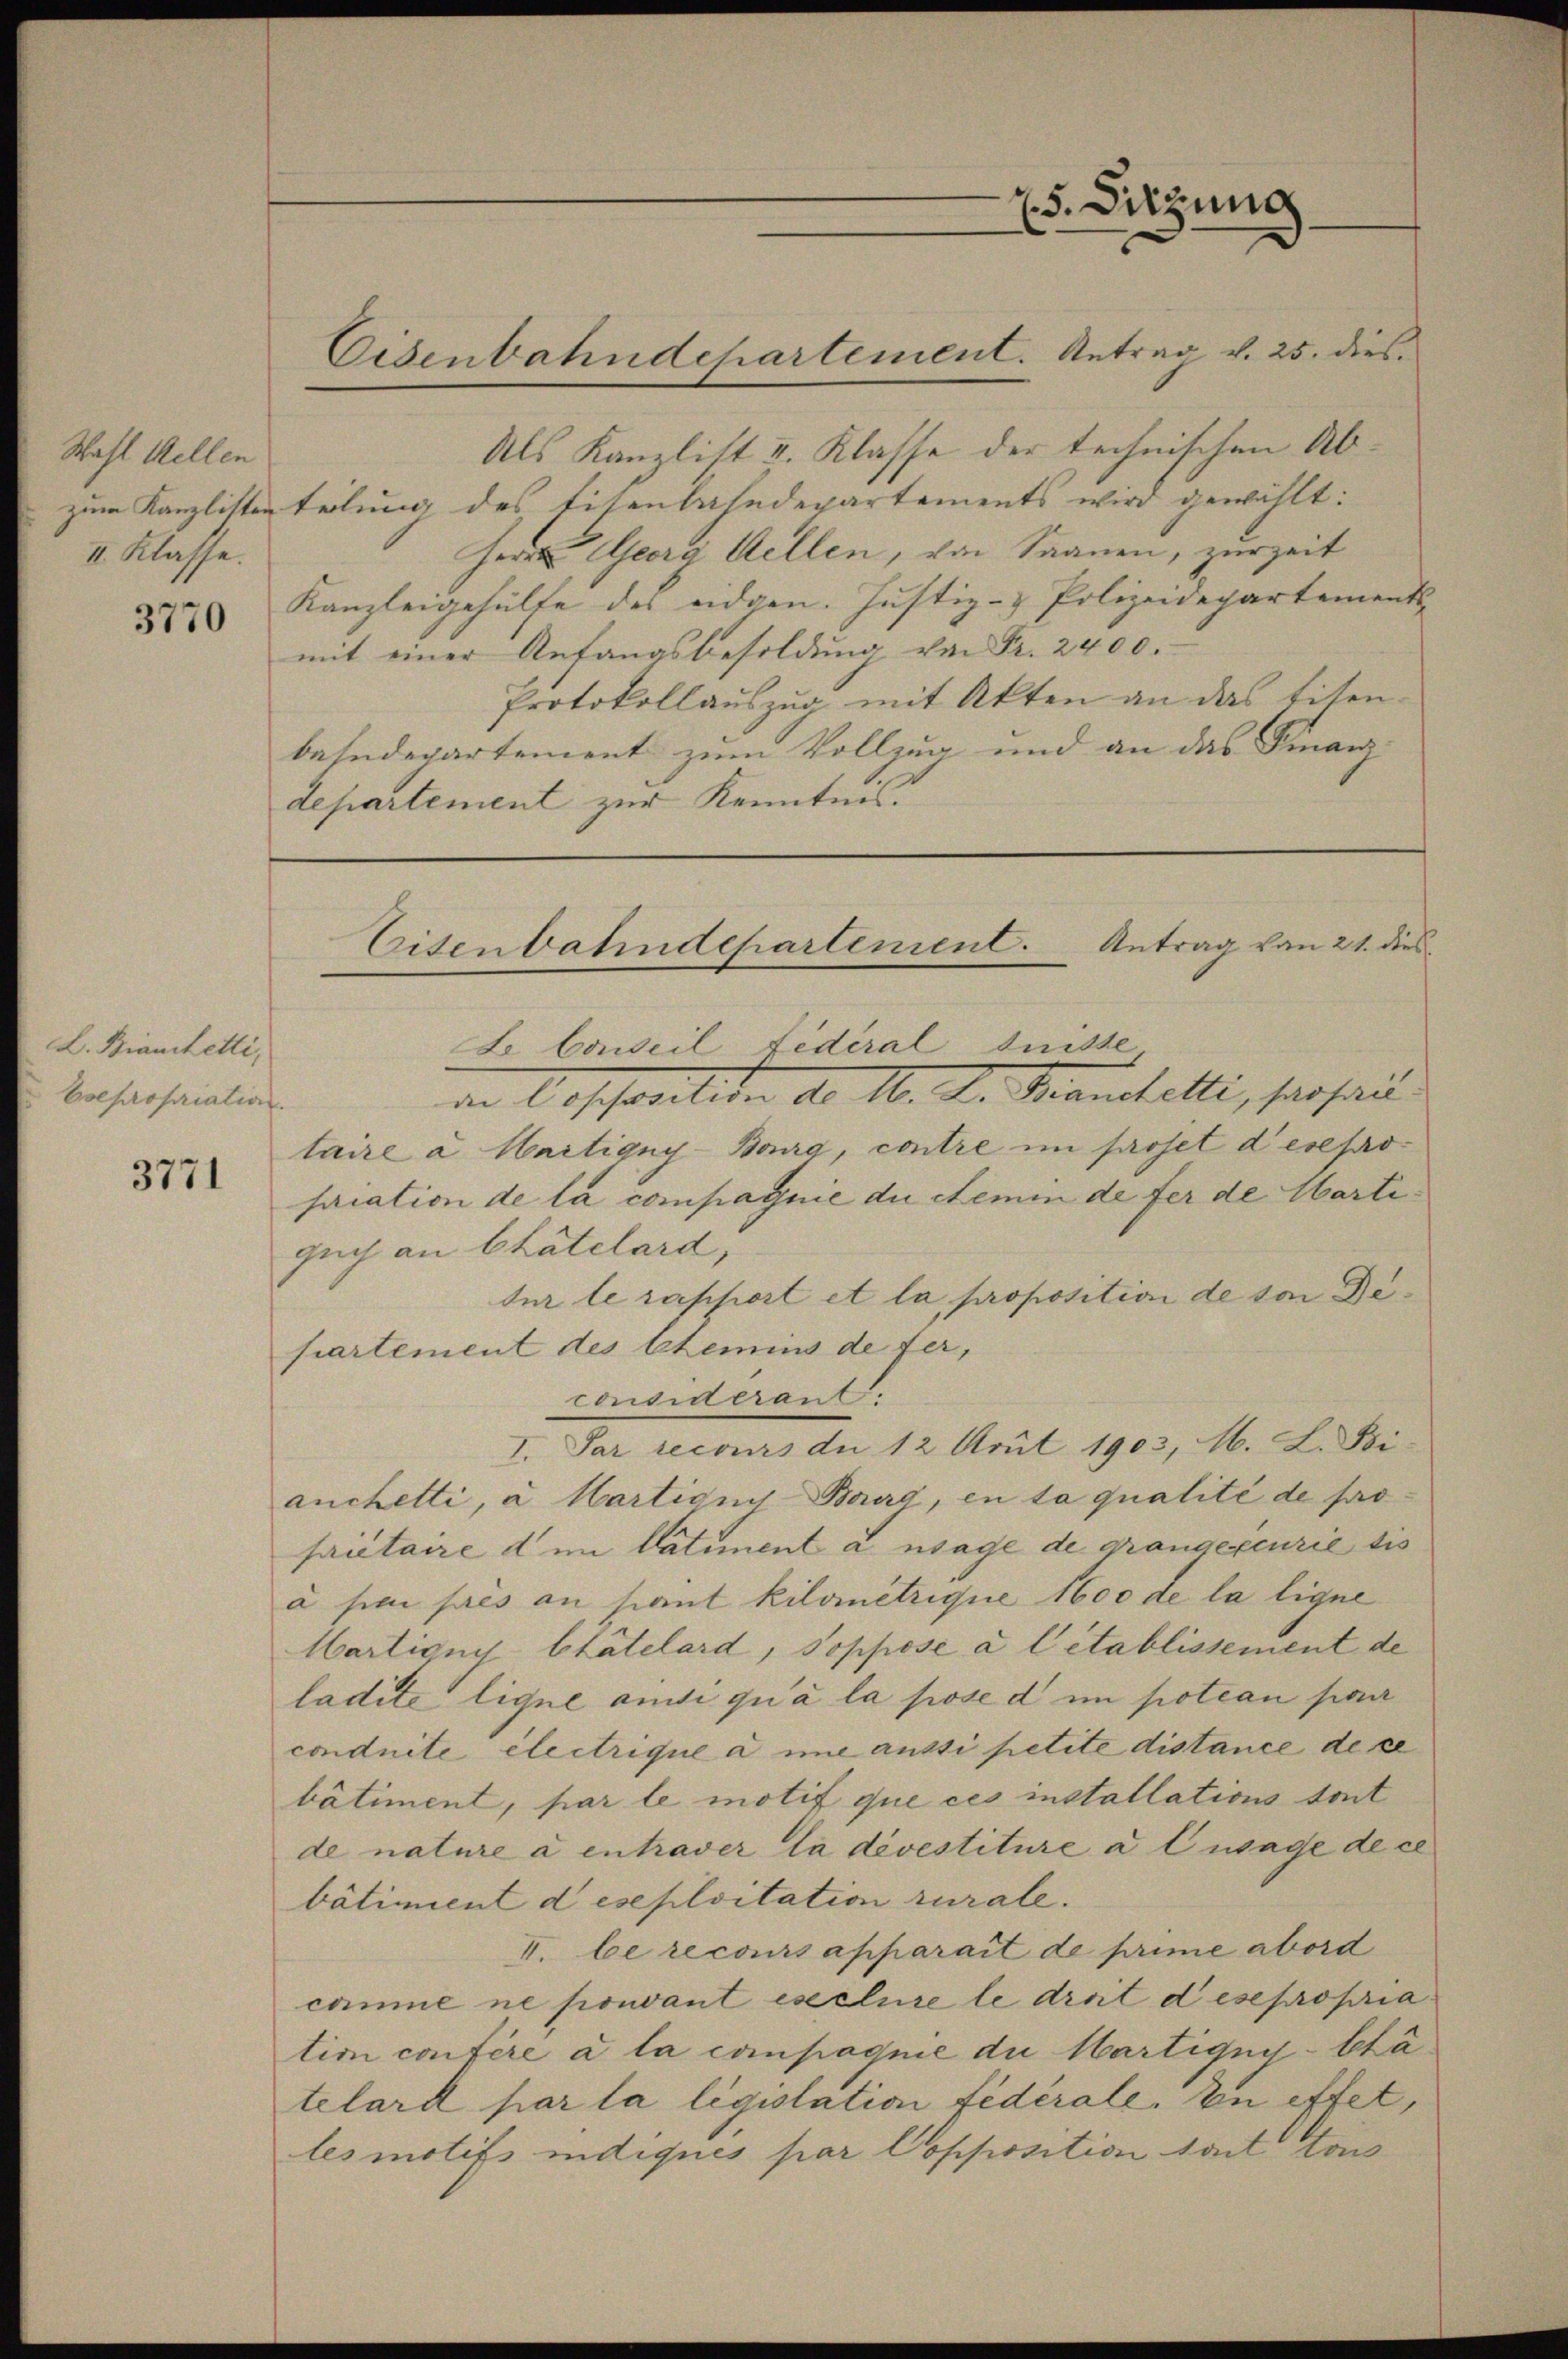
Wahl Kellen
II Klasse.

3770

L. Biantetti,
Csepropriation.

3771

Eisenbahndepartement. Antrag v. 25. dies

Eisenbahndepartinient. Antrag von 21. dies
L Caweil fédéral Suisse

5. Sitzung

Als Kanzlist u. Klasse der technischen Abzum Kanzlisten teilung des Eisenbahndepartements wird gewählt:
Herrn Georg Kellen, von Saanen, zur Zeit
Kanzleigehülfe des eidgen. Justiz- & Polizeidepartements-
mit einer Anfangsbesoldung von Fr. 2400.
Protokollauszug mit Akten an das titenbahndepartement zum Vollzug und an das Finanz- |
departement zur Kenntnis.

in Costration d. 16. d. Franchelli, serhau
taire a Martigny-Bourg, contre im proset desepropriation de la compagnie du chemin de fer de Martiguch an Chatelard,
ter le rapport et la proposition de von Defiartement des Atemins de fer,
considerant.
I. Par recours du 12 Aril 1903, M. L. Bi
anchetti, a Martignys Bourg, en ta qualité de fo
prietaire dem Catiment a mage de grangefeurie des
à par pres an siant Kilometrique 1600 de la ligne
Martion blätelard, soppose a l établissement de
ladite ligne ande qu’à la pose d im potean paa
conduité électrique à une aussi petite distance des
bâtiment, par le motif que ces installations tout
de nature à entraver la devestiture à lwage de ce
bâtiment deseploitation rurale.
I. be recours apparait de prime abord
camne ne pouvant esclure le droit desepropria
tio confère à la compagnie du Martigny-Stätelard par la législation fédérale. In effet,
les motifs indiqués par Copposition tant von